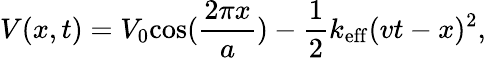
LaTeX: V(x,t)=V_{0}\mathrm{cos}(\frac{2\pi{x}}{a})-\frac{1}{2}k_{\mathrm{eff}}(vt-x)^{2},